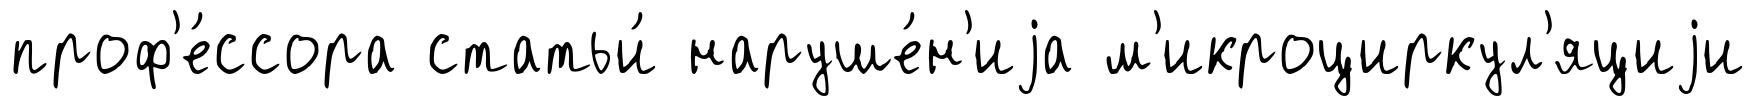
проф'е́ссора статьи́ наруше́н'иjа м'икроциркул'яциjи